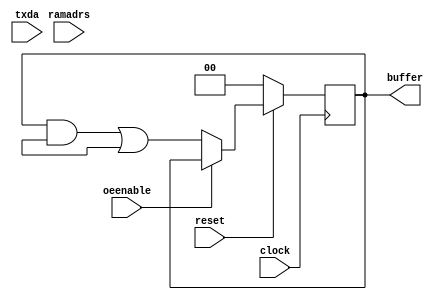
module store (clock, reset, oeenable, ramadrs, txda, buffer);

    parameter counter_size = 0;
    parameter buffer_size = 0;

    // Define blocks I/O's
    input  clock, reset, oeenable, txda;
    input [(counter_size *2):0] ramadrs;
    output [buffer_size-1:0] buffer;

    // Define wires for connecting wires.
    wire  clock, reset, oeenable, txda, outstrobe, rxda;
    wire [(counter_size * 2):0] ramadrs;

    // Define Register types for storage
    reg [buffer_size-1:0] buffer;

    reg sig1_reg;
    reg sig2_reg;
    reg [3:0] sig3_reg;
    reg [0:2] sig4_reg;

    wire sig1 = sig1_reg;
    wire sig2 = sig2_reg;
    wire [3:0] sig3 = sig3_reg;
    wire [0:2] sig4 = sig4_reg;
    integer state;

    initial state = 0;

    //
    // This block produces a n-bit register along
    // with decode logic to load each of the bits
    // in the register.
    //
    always @ (posedge clock)
    begin : Storer
        integer i;
        if (reset == 1'b0) begin
            buffer <= 0;
        end else if (oeenable == 1'b0) begin
            i = ramadrs[(counter_size * 2):(counter_size + 1)];
            buffer[i] <= txda;
        end
    end

    always @ (posedge clock)
    begin : assign_observed_value
        if (state == 0) begin
            $display("VLOG drives sig1=1, sig2=0, sig3=1010, sig4=111");
            sig1_reg <= 'b1;
            sig2_reg <= 'b0;
            sig3_reg <= 'b1010;
            sig4_reg <= 'b111;
            state <= 1;
        end else if (state == 1) begin
            $display("VLOG drives sig1=x, sig2=x, sig3=1001, sig4=0x0");
            sig1_reg <= 'bx;
            sig2_reg <= 'bx;
            sig3_reg <= 'b1001;
            sig4_reg <= 'b0x0;
            state <= 2;
        end else begin
            $display("VLOG drives sig1=0, sig2=1, sig3=0000, sig4=100");
            sig1_reg <= 'b0;
            sig2_reg <= 'b1;
            sig3_reg <= 'b0000;
            sig4_reg <= 'b100;
            state <= 0;
        end
    end

endmodule